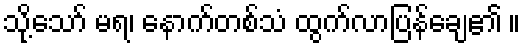
သို့သော် မရ၊ နောက်တစ်သံ ထွက်လာပြန်ချေ၏ ။